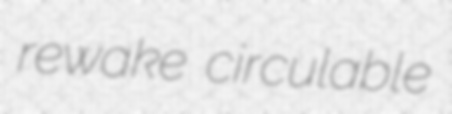
rewake circulable